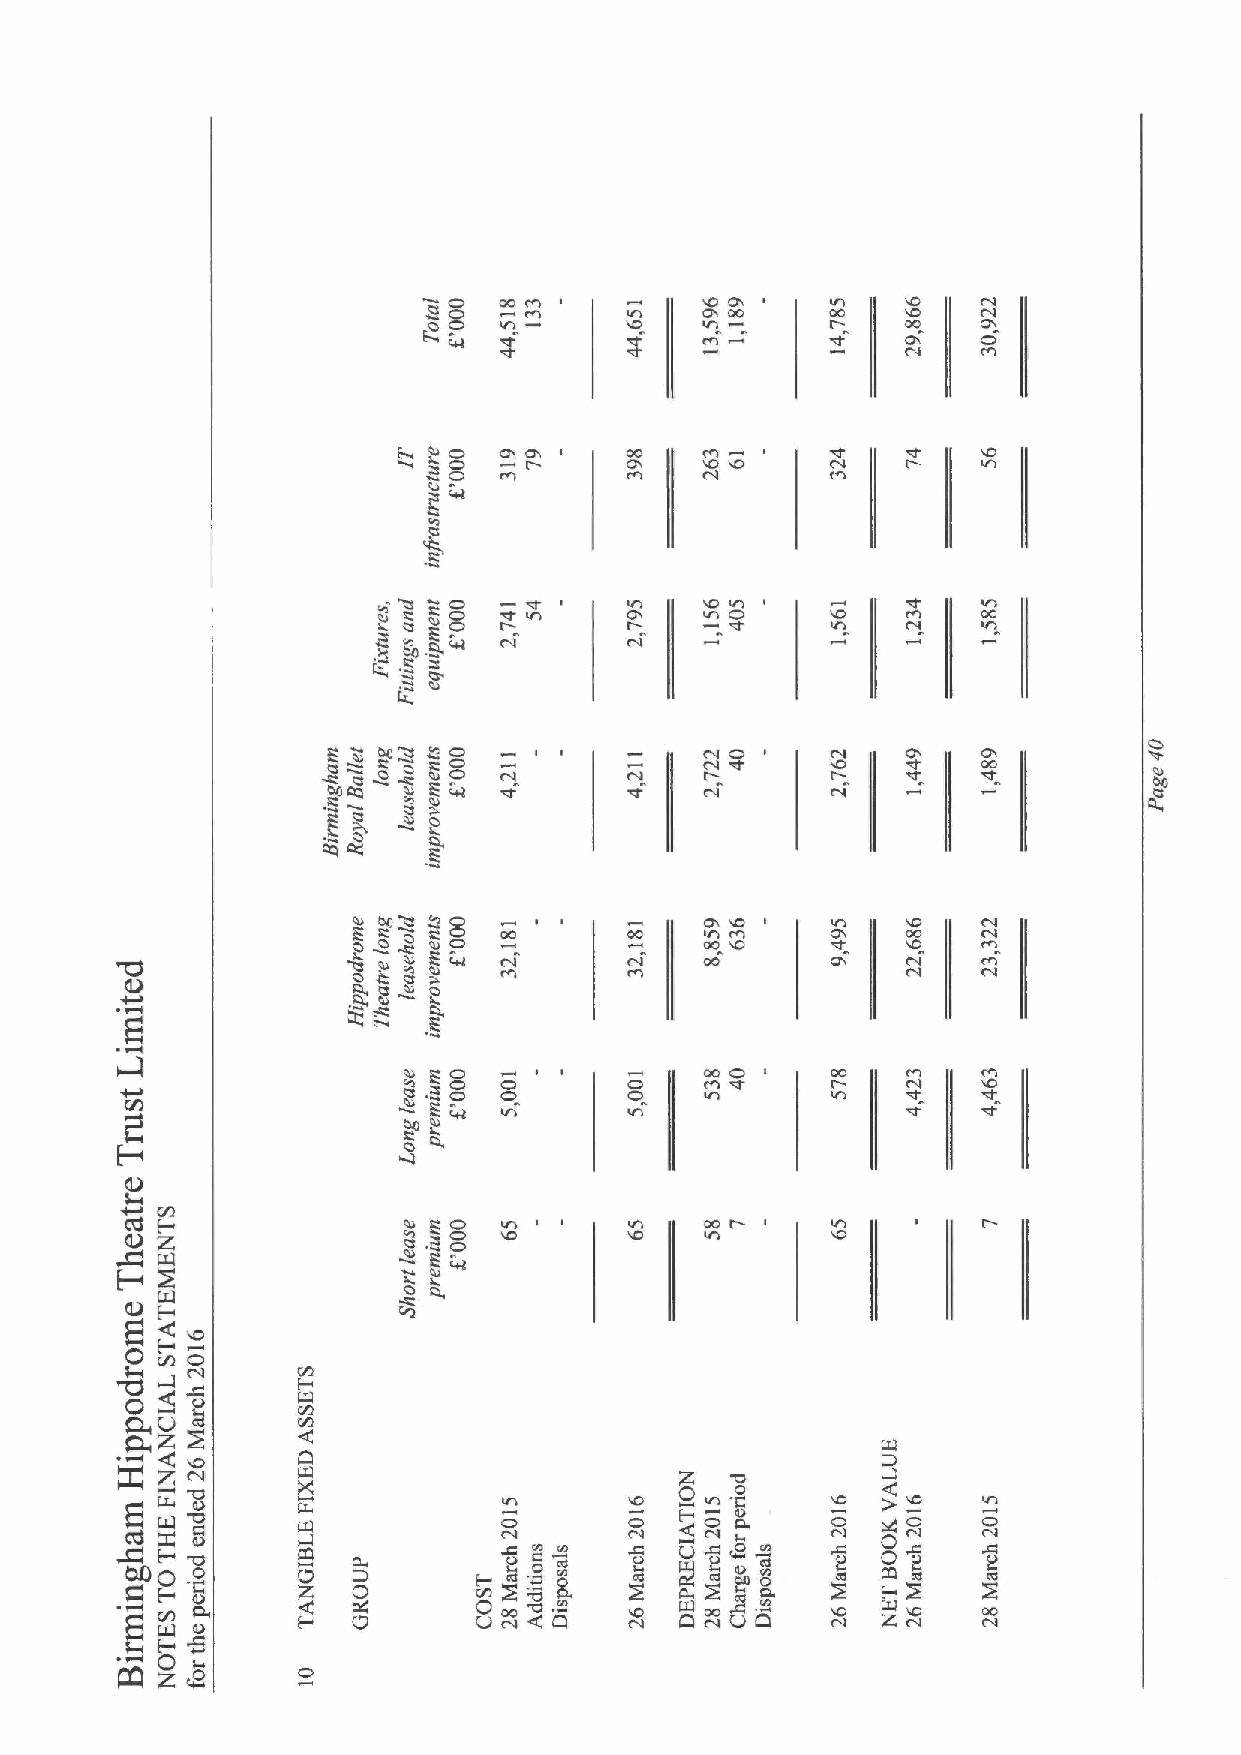
OOo
 O
 O
 O
 O               oc
 C!          lll
 ROOOOO          Cc!   Vl O
 p-
 4,
 o
 O~OO Z CcO O          t c lV c O c IOc
 8
 ccoCO   IcC
 O
 cO
 ccc
 C! OcC ~" OO q cI cOC O!
 O
 a
 O   cc R
 Cl,
 z
 O                 O
 O-O   o             cccc
 O R4           C!   lc1
 pO
 cc O
 Q g O
 I
 O O,
 0
 o                     o
 C!                O
 cV       C4                cc
 8                      p
 O       c!
 l
 0         cc
 c p un ~Q ~~ 4O 'aC Mc
 t4
 Oa~o
 a
 cc